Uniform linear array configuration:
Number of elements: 32
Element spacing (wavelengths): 0.75
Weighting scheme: hann
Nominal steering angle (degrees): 60
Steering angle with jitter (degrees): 59.419
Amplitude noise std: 0.05
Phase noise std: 0.05

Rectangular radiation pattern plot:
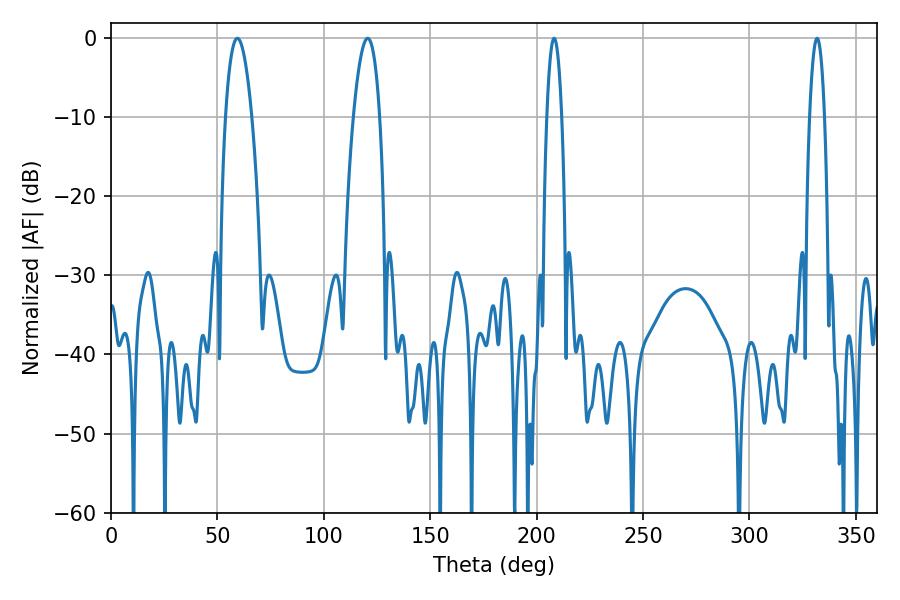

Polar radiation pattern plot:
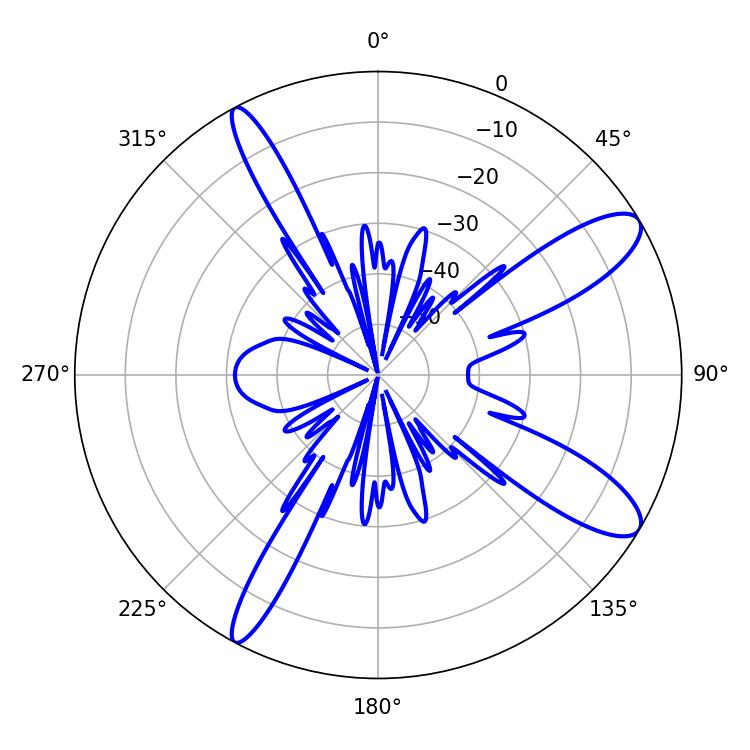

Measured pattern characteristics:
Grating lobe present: TRUE
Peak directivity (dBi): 11.192
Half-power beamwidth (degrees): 6.84
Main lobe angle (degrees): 59.4